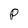
Character: p